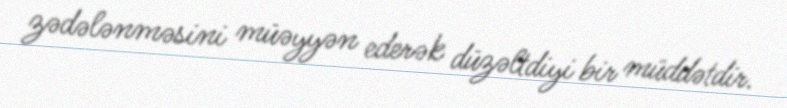
zədələnməsini müəyyən ederək düzəltdiyi bir müddətdir.